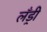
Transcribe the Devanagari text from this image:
लँड्री